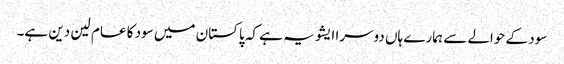
سود کے حوالے سے ہمارے ہاں دوسرا ایشو یہ ہے کہ پاکستان میں سود کا عام لین دین ہے۔